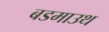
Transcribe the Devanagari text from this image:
बडमाउथ